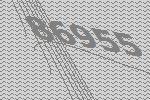
86955